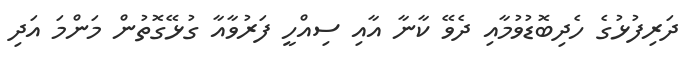
ދަރިފުޅުގެ ހެދިބޮޑުވުމާއި ދެވޭ ކާނާ އާއި ސިއްހީ ފަރުވާއާ ގުޅޭގޮތުން މަންމަ އަދި